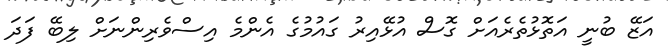
އަޒޭ ބުނީ އަތޮޅުތެރެއަށް ގޮސް އުޅޭއިރު ގައުމުގެ އެންމެ އިސްވެރިންނަށް ލިބޭ ފަދަ